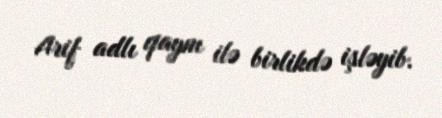
Arif adlı qaynı ilə birlikdə işləyib.